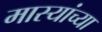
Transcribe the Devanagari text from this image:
मास्यांच्या